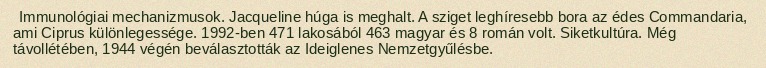
Immunológiai mechanizmusok. Jacqueline húga is meghalt. A sziget leghíresebb bora az édes Commandaria, ami Ciprus különlegessége. 1992-ben 471 lakosából 463 magyar és 8 román volt. Siketkultúra. Még távollétében, 1944 végén beválasztották az Ideiglenes Nemzetgyűlésbe.